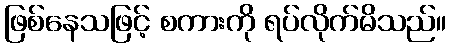
ဖြစ်နေသဖြင့် စကားကို ရပ်လိုက်မိသည်။